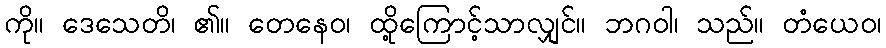
ကို။ ဒေသေတိ၊ ၏။ တေနေဝ၊ ထို့ကြောင့်သာလျှင်။ ဘဂဝါ၊ သည်။ တံယေဝ၊